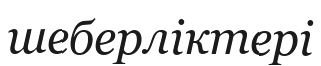
шеберліктері